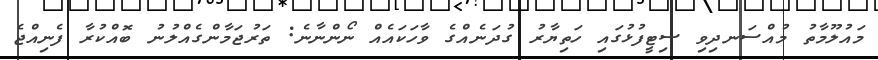
މައުލޫމާތު މުއްސަނދިވި ސިޓީފުޅުގައި ހަތިޔާރު ގުދަނެއްގެ ވާހަކައެއް ނޯންނާނެ: ތަރުޖަމާންގެއްލުނު ބޮއްކުރާ ފެނިއްޖެ